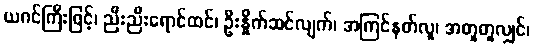
ယဂင်ကြီးဖြင့်၊ ညီးညီးရောင်ထင်၊ ဦးနှိုက်ဆင်လျက်၊ အကြင်နတ်လူ၊ အတူတူလျှင်၊